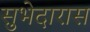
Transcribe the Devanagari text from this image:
सुभेदारास